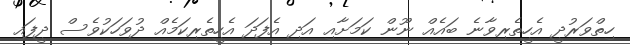
ހިތްވަރުދީ އެހީތެރިވާނެ ބައެއް ނޫން ކަމަށާއި އަދި އެފަދަ އެހީތެރިކަމެއް ދުވަހަކުވެސް ދީފައި